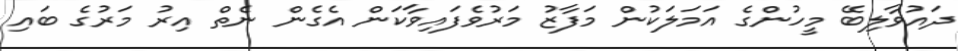
ދައުވާލިބޭ މީހުންގެ އަމަލަކުން މަފާޒު މަރުވެފައިވާކަން އެގެން ނެތް އިރު މަރުގެ ބައި